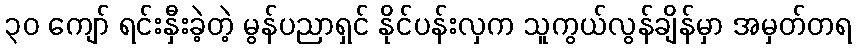
၃၀ ကျော် ရင်းနှီးခဲ့တဲ့ မွန်ပညာရှင် နိုင်ပန်းလှက သူကွယ်လွန်ချိန်မှာ အမှတ်တရ